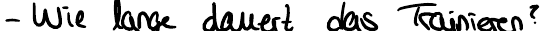
- Wie lange dauert das Trainieren?